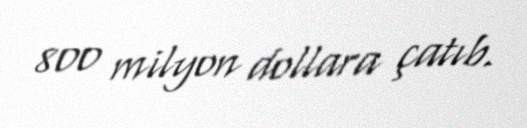
800 milyon dollara çatıb.